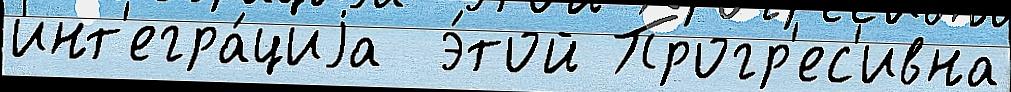
инт'егра́циjа  э́той Прогр'ес'ивна